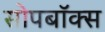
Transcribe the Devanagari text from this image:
सोपबॉक्स